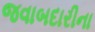
જવાબદારીના